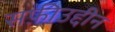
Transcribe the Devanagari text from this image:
सफ़ीउद्दीन